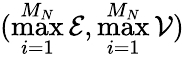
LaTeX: (\operatorname*{max}_{i=1}^{M_{N}}\mathcal E,\operatorname*{max}_{i=1}^{M_{N}}\mathcal V)